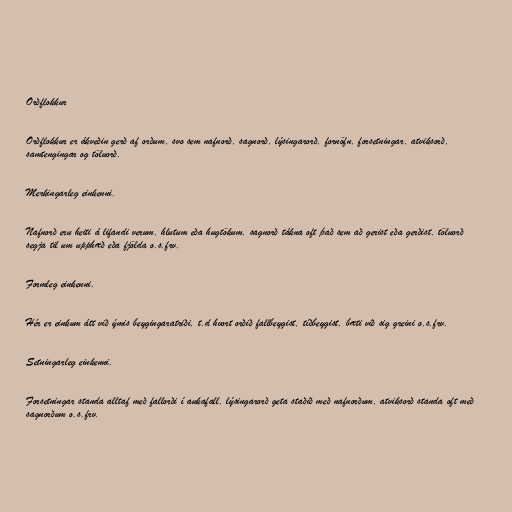
Orðflokkur

Orðflokkur er ákveðin gerð af orðum, svo sem nafnorð, sagnorð, lýsingarorð, fornöfn, forsetningar, atviksorð,
samtengingar og töluorð.

Merkingarleg einkenni.

Nafnorð eru heiti á lifandi verum, hlutum eða hugtökum, sagnorð tákna oft það sem að gerist eða gerðist, töluorð
segja til um upphæð eða fjölda o.s.frv.

Formleg einkenni.

Hér er einkum átt við ýmis beygingaratriði, t.d hvort orðið fallbeygist, tíðbeygist, bæti við sig greini o.s.frv.

Setningarleg einkenni.

Forsetningar standa alltaf með fallorði í aukafall, lýsingarorð geta staðið með nafnorðum, atviksorð standa oft með
sagnorðum o.s.frv.